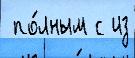
 по́лным с из